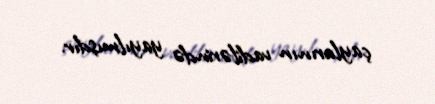
çaylarının vadilərində yayılmışdır.